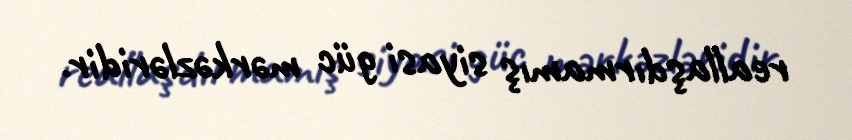
reallaşdırmamış siyasi güc mərkəzləridir.